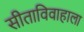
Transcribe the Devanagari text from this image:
सीताविवाहाला